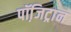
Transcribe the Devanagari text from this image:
पॉजि़ट्रान